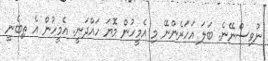
ނުވިސްނޭނެ. ބަލަ އަހަރެންނޭ މި އެމީހުން މޮޔަ ހައްދަނީ. އެމީހުން އެ ތިބެނީ